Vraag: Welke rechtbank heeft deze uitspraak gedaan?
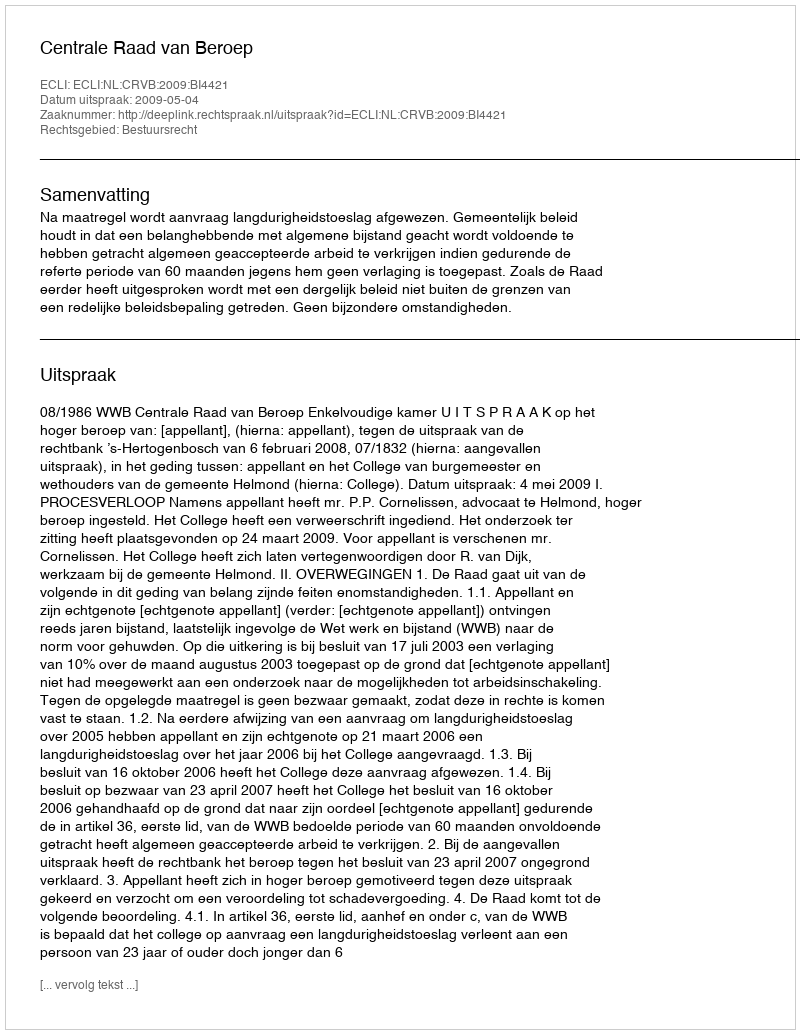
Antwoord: Centrale Raad van Beroep